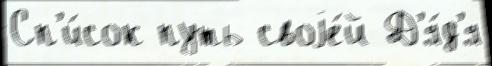
Сп'и́сок путь своjе́й Д'я́д'я